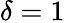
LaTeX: \delta=1